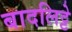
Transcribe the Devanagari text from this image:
बादलिट्टे